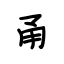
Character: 甬